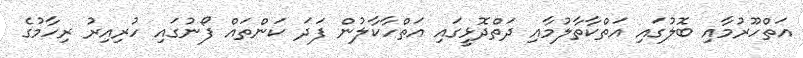
އަތްހޫރުމާއި ބޮލުގައި އަތްކާތާލުމާއި ދަތްދޮޅީގައި އަތްހާކާލުން ފަދަ ކަންތައް ފޯނުގައި ހުރިއިރު ރިހާމުގެ